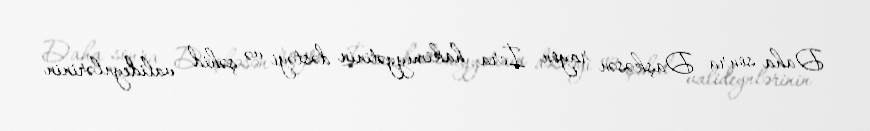
Daha sonra Daşkəsən rayon İcra hakimiyyətinin dəstəyi və şəhid valideynlərinin